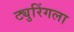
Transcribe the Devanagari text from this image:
ट्युरिंगला